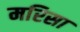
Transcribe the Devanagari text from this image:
मरिसा